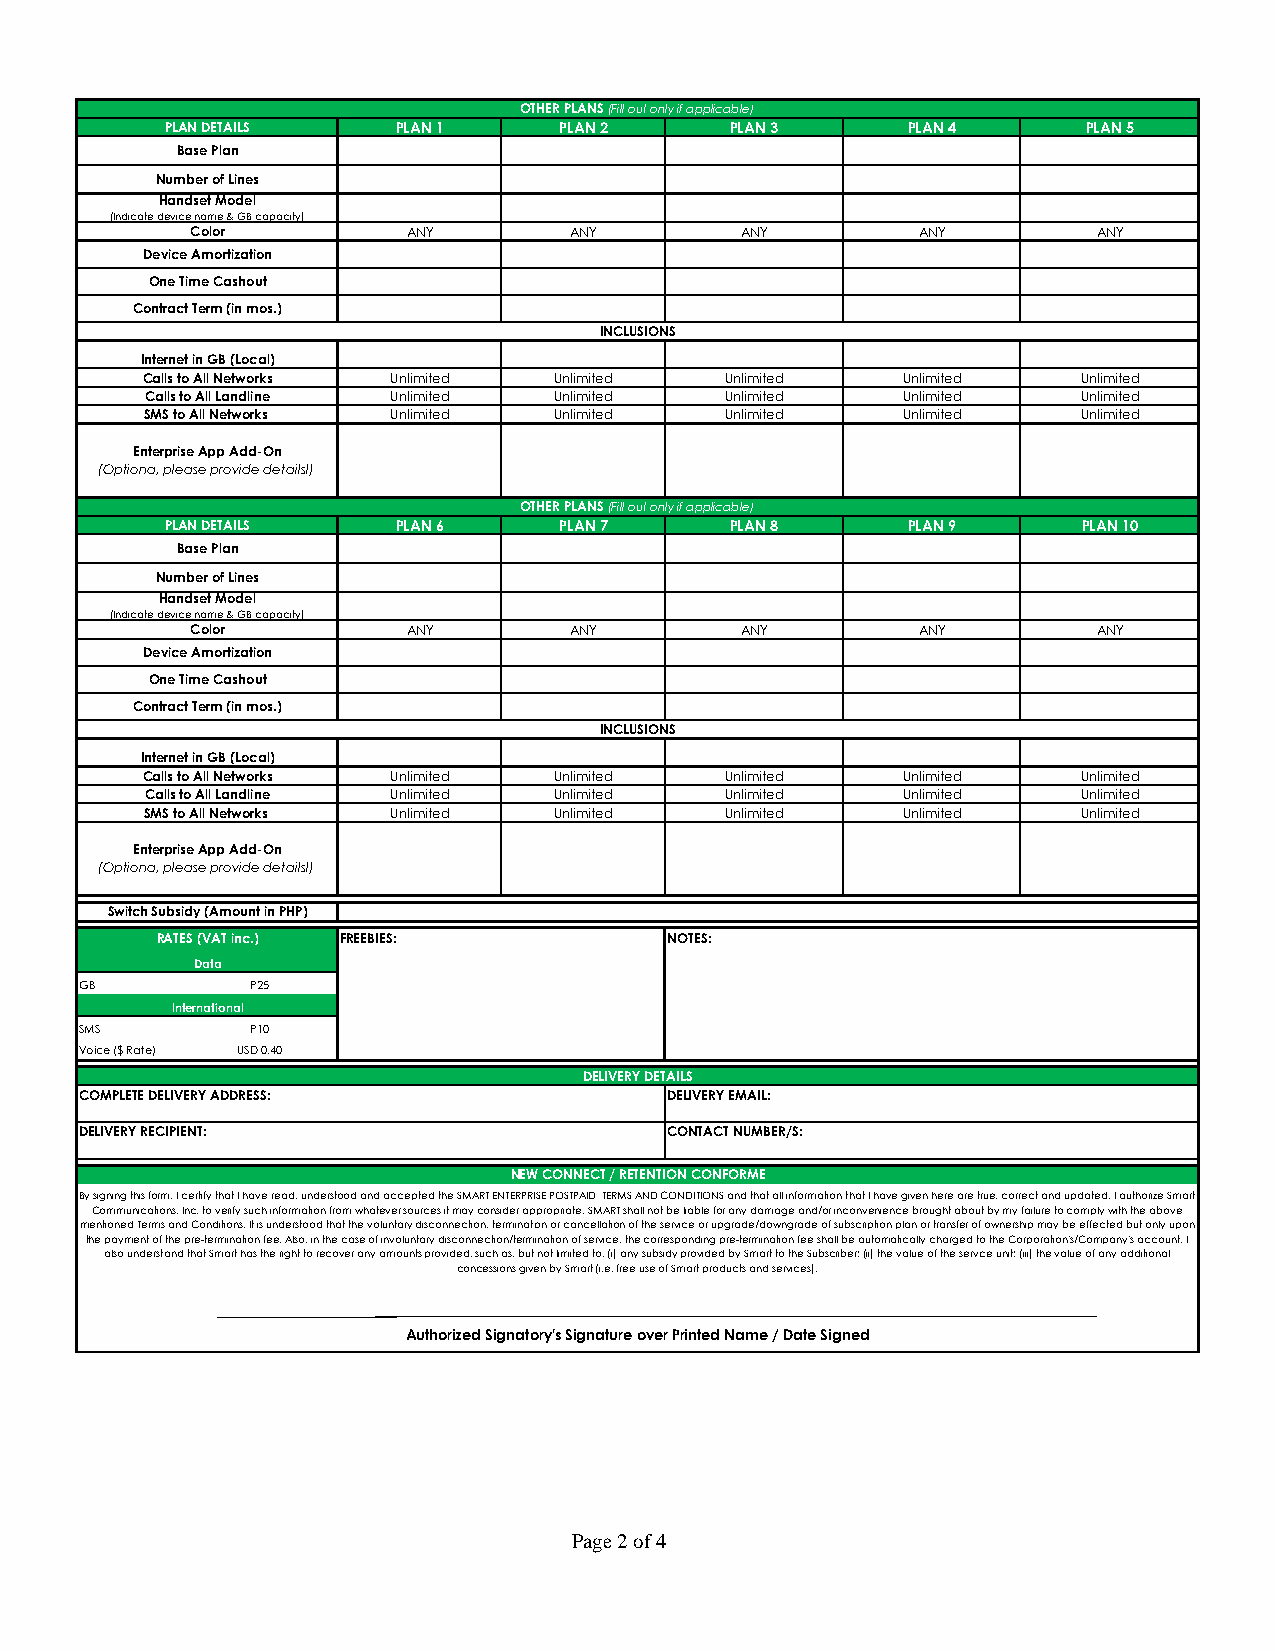
OTHER PLANS (Fill out only if applicable)
 PLAN DETAILS   PLAN 1     PLAN 2     PLAN 3      PLAN 4      PLAN 5
 Base Plan
 Number of Lines
 Handset Model
 (Indicate device name & GB capacity)
 Color         ANY        ANY        ANY         ANY         ANY
 Device Amortization
 One Time Cashout
 Contract Term (in mos.)
 INCLUSIONS
 Internet in GB (Local)
 Calls to All Networks Unlimited Unlimited Unlimited Unlimited  Unlimited
 Calls to All Landline Unlimited Unlimited Unlimited Unlimited Unlimited
 SMS to All Networks Unlimited Unlimited Unlimited Unlimited   Unlimited
 Enterprise App Add-On
 (Optiona, please provide detailsl)
 OTHER PLANS (Fill out only if applicable)
 PLAN DETAILS   PLAN 6     PLAN 7     PLAN 8      PLAN 9      PLAN 10
 Base Plan
 Number of Lines
 Handset Model
 (Indicate device name & GB capacity)
 Color         ANY        ANY        ANY         ANY         ANY
 Device Amortization
 One Time Cashout
 Contract Term (in mos.)
 INCLUSIONS
 Internet in GB (Local)
 Calls to All Networks Unlimited Unlimited Unlimited Unlimited  Unlimited
 Calls to All Landline Unlimited Unlimited Unlimited Unlimited Unlimited
 SMS to All Networks Unlimited Unlimited Unlimited Unlimited   Unlimited
 Enterprise App Add-On
 (Optiona, please provide detailsl)
 Switch Subsidy (Amount in PHP)
 RATES (VAT inc.) FREEBIES:        NOTES:
 Data
 GB          P25
 International
 SMS         P10
 Voice ($ Rate) USD 0.40
 DELIVERY DETAILS
 COMPLETE DELIVERY ADDRESS:             DELIVERY EMAIL:
 DELIVERY RECIPIENT:                    CONTACT NUMBER/S:
 NEW CONNECT / RETENTION CONFORME
 By signing this form, I certify that I have read, understood and accepted the SMART ENTERPRISE POSTPAID TERMS AND CONDITIONS and that all information that I have given here are true, correct and updated. I authorize Smart
 Communications, Inc. to verify such information from whatever sources it may consider appropriate. SMART shall not be liable for any damage and/or inconvenience brought about by my failure to comply with the above
 mentioned Terms and Conditions. It is understood that the voluntary disconnection, termination or cancellation of the service or upgrade/downgrade of subscription plan or transfer of ownership may be effected but only upon
 the payment of the pre-termination fee. Also, in the case of involuntary disconnection/termination of service, the corresponding pre-termination fee shall be automatically charged to the Corporation's/Company's account. I
 also understand that Smart has the right to recover any amounts provided, such as, but not limited to, (i) any subsidy provided by Smart to the Subscriber; (ii) the value of the service unit; (iii) the value of any additional
 concessions given by Smart (i.e. free use of Smart products and services).
 Authorized Signatory's Signature over Printed Name / Date Signed
 Page 2 of 4